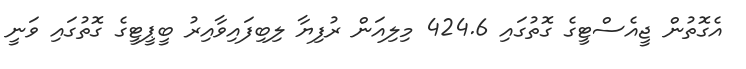
އެގޮތުން ޖީއެސްޓީގެ ގޮތުގައި 424.6 މިލިއަން ރުފިޔާ ލިބިފައިވާއިރު ބީޕީޓީގެ ގޮތުގައި ވަނީ